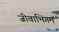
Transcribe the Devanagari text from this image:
जीवाभिगम